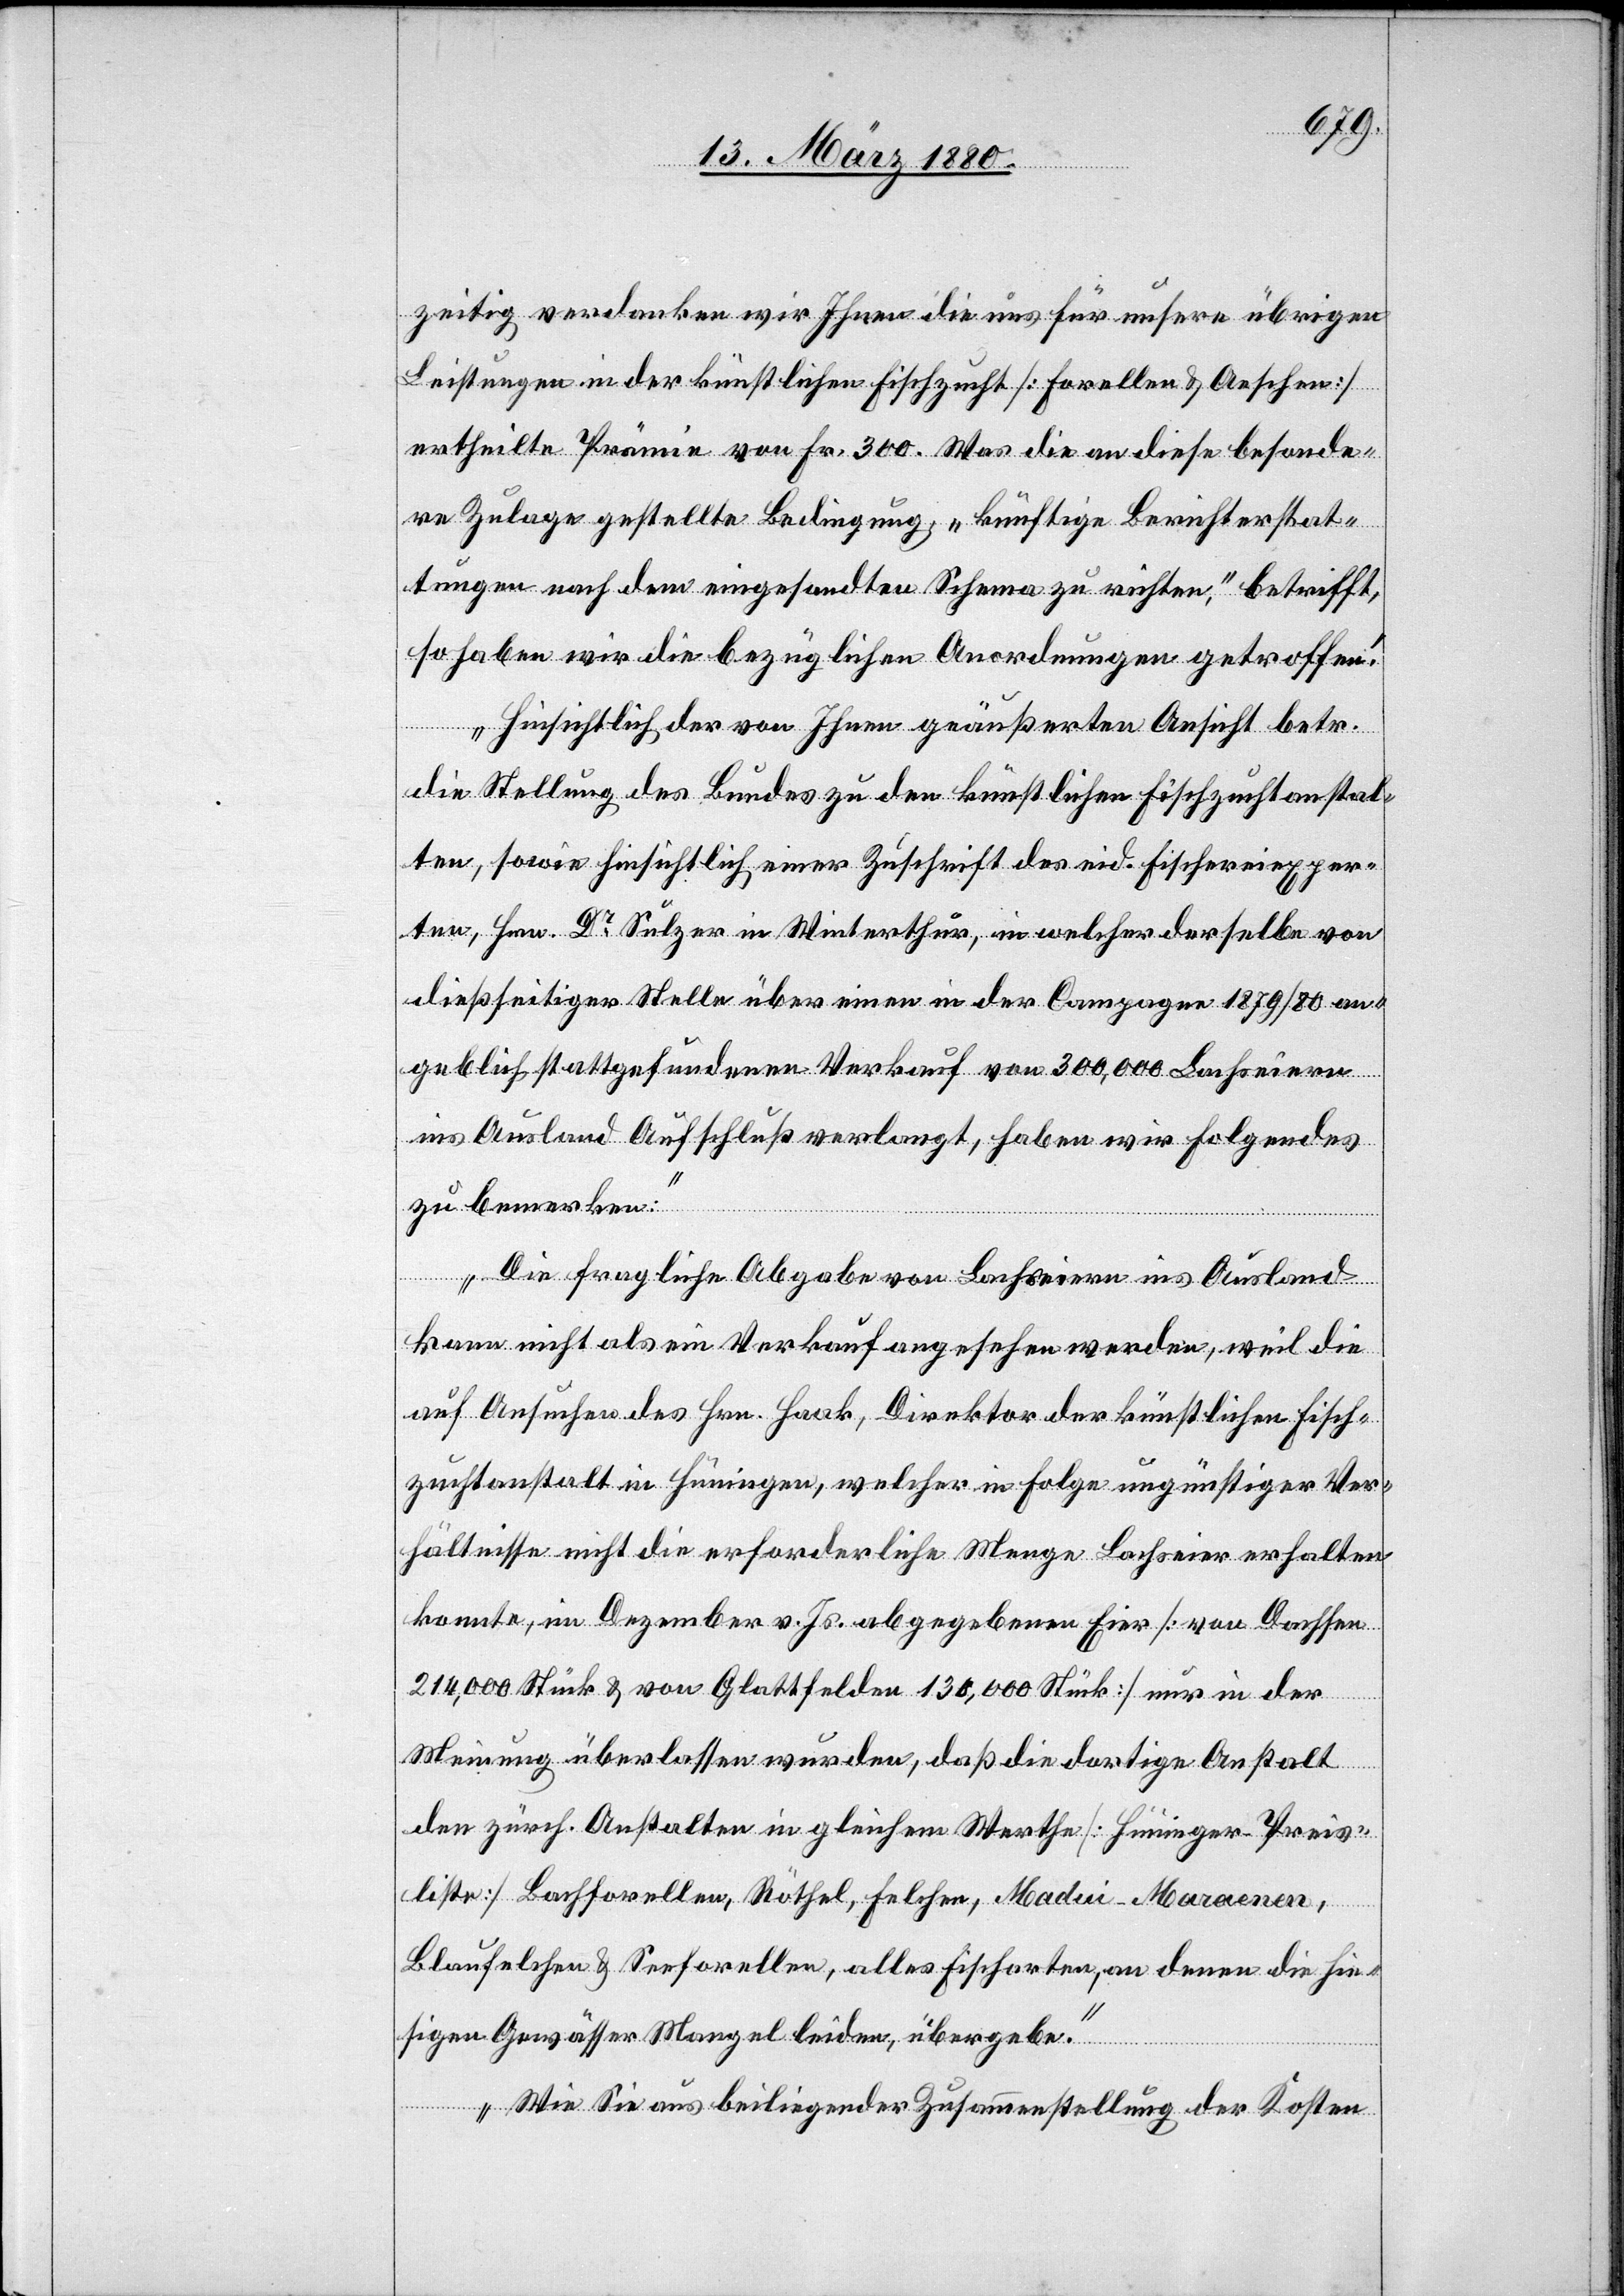
zeitig verdanken wir Ihnen die uns für unsere übrigen
Leistungen in der künstlichen Fischzucht [Forellen & Aeschen]
ertheilte Prämie von Fr. 300. Was die an diese besonde¬
re Zulage gestellte Bedingung, „künftige Berichterstat¬
tungen nach dem eingesandten Schema zu richten“, betrifft,
so haben wir die bezüglichen Anordnungen getroffen.
Hinsichtlich der von Ihnen geäußerten Ansicht betr.
die Stellung des Bundes zu den künstlichen Fischzuchtanstal¬
ten, sowie hinsichtlich einer Zuschrift des eid. Fischereiexper¬
ten, Hrn. Dr Sulzer in Winterthur, in welcher derselbe von
dießseitiger Stelle über einen in der Campagne 1879/80 an¬
geblich stattgefundenen Verkauf von 300, 000 Lachseiern
ins Ausland Aufschluß verlangt, haben wir Folgendes
zu bemerken.
Die fragliche Abgabe von Lachseiern ins Ausland
kann nicht als ein Verkauf angesehen werden, weil die
auf Ansuchen des Hrn. Haak, Direktor der künstlichen Fisch¬
zuchtanstalt in Hüningen, welcher in Folge ungünstiger Ver¬
hältnisse nicht die erforderliche Menge Lacheier erhalten
konnte, im Dezember v. Js. abgegebenen Eier [von Dachsen
214, 000 Stück & von Glattfelden 130, 000 Stück] nur in der
Meinung überlassen wurden, daß die dortige Anstalt
den zürch. Anstalten in gleichem Werthe [Hüninger-Preis¬
liste] Bachforellen, Röthel, Felchen, Madui-Maraenen,
Blaufelchen & Seeforellen, alles Fischarten, an denen die hie¬
sigen Gewässer Mangel leiden, übergebe.
Wie Sie aus beiliegender Zusammenstellung der Kosten